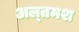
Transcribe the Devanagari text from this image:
अल्‍तमश